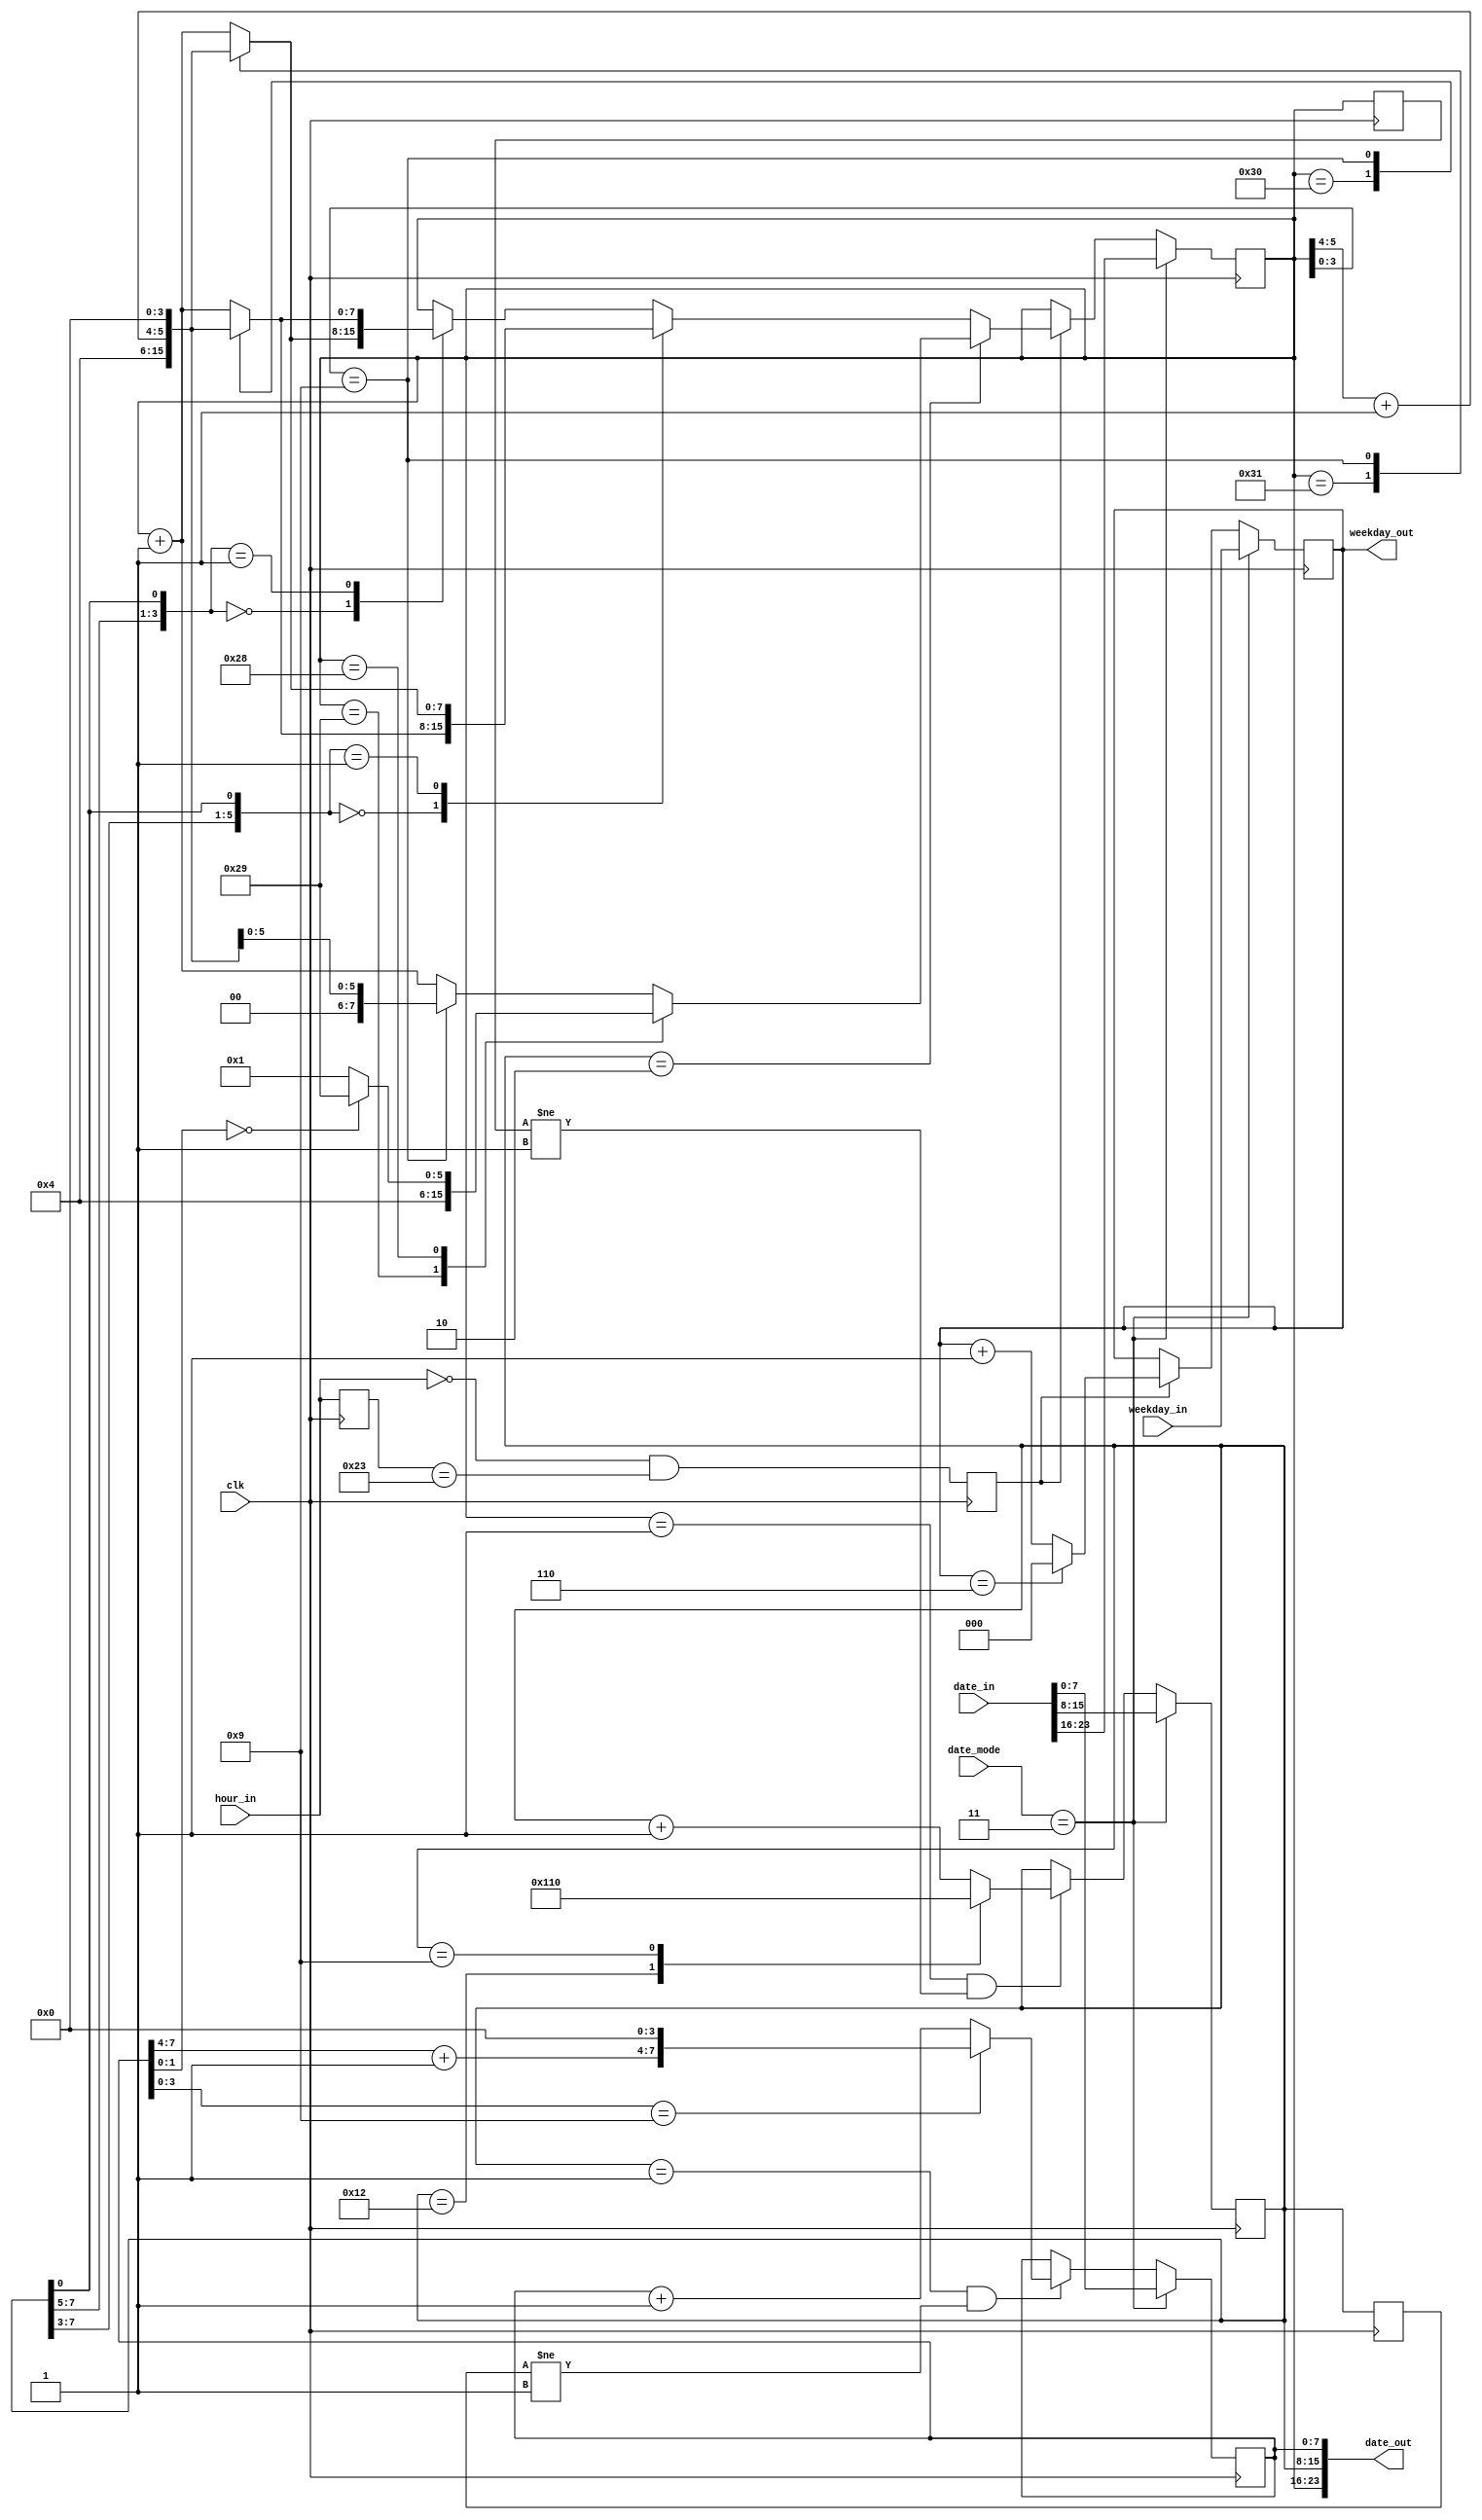

module datemodule(input clk, input [7:0] hour_in, input [23:0] date_in, input [2:0] weekday_in, input [1:0] date_mode, output [23:0] date_out, output [2:0] weekday_out);

  //Time signal format: hhhh_hhhh
  //Date signal format: dddd_dddd.mmmm_mmmm.0010_0000_yyyy_yyyy   (1-1-2000 --> 12-12-2099) *CAUTION ABOUT THE 20** FORMAT OF YEAR*
  //When date_mode is 2, date_in is set
  //Date transitions delay is one clock cycle (posedge (hour_in = 23) --> posedge (hour_in = 0) --> posedge (date_out is changed))
  //clk: mclk, hour_in: bufferofhour, date_in: bufferofdate, date_mode: clk_mode, date_out: date
  //need to implement set logic for dates

  //separated date signals to respective meaning
  wire [7:0] day_in;
  wire [7:0] month_in;
  wire [7:0] year_in;

  reg [7:0] day_reg, day_reg_del; //day_reg_del: delayed signal
  reg [7:0] month_reg, month_reg_del; //month_reg_del: delayed signal
  reg [7:0] year_reg;
  reg [2:0] weekdayreg;
  reg [7:0] hour_reg; //Store previous hour data
  reg new_day; //Detect new day
  wire new_year, new_month; //Detect new year/month

  //separation and combination of date signals
  assign {day_in, month_in, year_in} = date_in;
  assign date_out = {day_reg, month_reg, year_reg};
  assign weekday_out = weekdayreg;

  //edge detaction for year & month changes
  assign new_year = (month_reg == 8'h01) & (month_reg_del != 8'h01);
  assign new_month = (day_reg == 8'h01) & (day_reg_del != 8'h01);

  always@(posedge clk) //edge detection
  begin
      new_day <= (hour_in == 8'h0) & (hour_reg == 8'h23);
      hour_reg <= hour_in;
      day_reg_del <= day_reg;
      month_reg_del <= month_reg;

      if(date_mode == 2'b11)  //clk_mode == 3 for set date
      begin
          year_reg <= year_in;
          month_reg <= month_in;
          day_reg <= day_in;
          weekdayreg <= weekday_in;
      end
      else begin
          //handle years
          if(new_year)
            begin
              casex(year_reg)
                8'h?9: year_reg <= {(year_reg[7:4]+4'h1),4'h0}; //(2009 --> 2010)
                default: year_reg <= year_reg + 8'b01; //(2008 --> 2009)
              endcase 
            end

          //handle months
          if(new_month)
            begin
              case(month_reg)
                8'h12: month_reg <= 8'h01; //(Dec --> Jan)
                8'h09: month_reg <= 8'h10; //(Sept --> Oct)
                default: month_reg <= month_reg + 4'h1;
              endcase 
            end

          //handle days
          if(new_day)
            begin
              casex(month_reg)
                5'd2: //February
                    casex(day_reg)
                      8'h29: day_reg <= 8'h01; //(Feb 29 --> Feb 1)
                      8'h28: day_reg <= (year_reg[1:0] == 2'b00) ? 8'h29 : 8'h1; //Leap year (only divisibility by 4 check), enough for 2000-2099
                      8'h?9: day_reg <= {(day_reg[5:4]+2'h1),4'h0}; //(Feb 09 --> Feb 10)
                      default: day_reg <= day_reg + 8'd1; 
                    endcase
                5'b00??0: //even months (30 days); April and June; 4, 6
                  casex(day_reg)
                    8'h30: day_reg <= 8'd01;
                    8'h?9: day_reg <= {(day_reg[5:4]+2'h1),4'h0}; //(Apr 09 --> Apr 10)
                    default: day_reg <= day_reg + 8'd01;
                  endcase
                5'b00??1: //odd months (31 days); January, March, May and July; 1, 3, 5, 7
                  casex(day_reg)
                    8'h31: day_reg <= 8'd01;
                    8'h?9: day_reg <= {(day_reg[5:4]+2'h1),4'h0}; //(Jan 09 --> Jan 10)
                    default: day_reg <= day_reg + 8'd01;
                  endcase
                5'b????0: //even months (31 days); August, October, December; 8, 10, 12
                  casex(day_reg)
                    8'h31: day_reg <= 8'd01;
                    8'h?9: day_reg <= {(day_reg[5:4]+2'h1),4'h0}; //(Aug 09 --> Aug 10)
                    default: day_reg <= day_reg + 8'd1;
                  endcase
                5'b????1: //odd months (30 days); September, November; 9, 11
                  casex(day_reg)
                    8'h30: day_reg <= 8'd01;
                    8'h?9: day_reg <= {(day_reg[5:4]+2'h1),4'h0}; //(Sep 09 --> Sep 10)
                    default: day_reg <= day_reg + 8'd1;
                  endcase
              endcase

              //handle weekday
              weekdayreg <= (weekdayreg == 3'b110) ? 3'b000 : weekday_out + 3'b001; //(Sun --> Mon)
            end
        end
  end     
endmodule